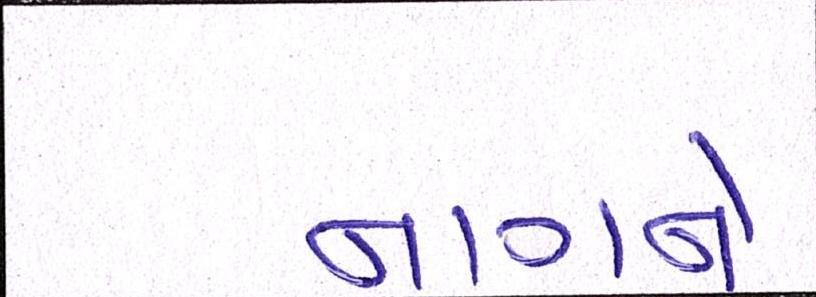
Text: નાગને